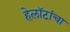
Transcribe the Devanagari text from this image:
हेलॉटांचा